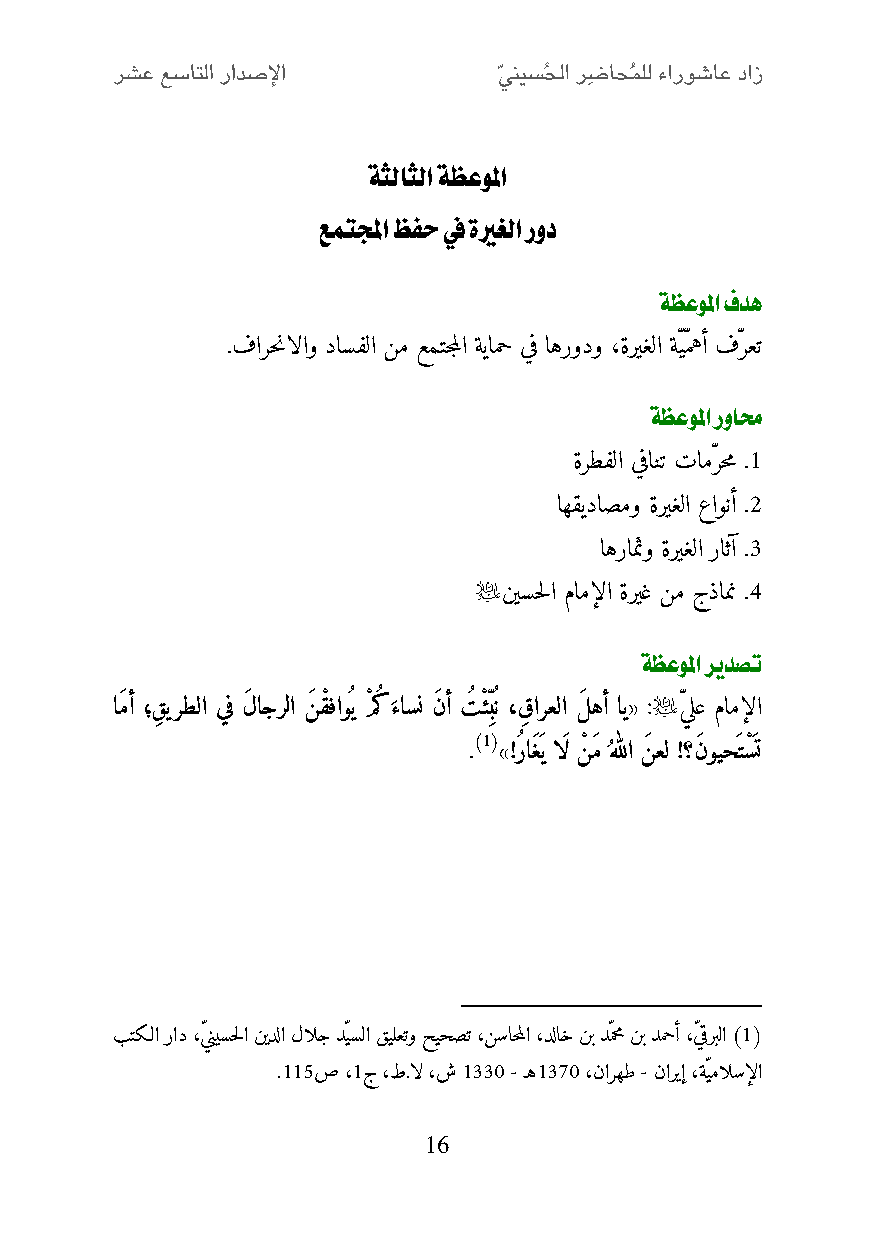
ةثلاثلا ةظعولما
 عمتلمجا ظفح في ةيرغلا رود
 ةظعولما فده
 .فارحنالاو داسفلا نم عمتجملا ةيامح يف اهرودو ،ةريغلا ةّيّمهأ فّرعت
 ةظعولما روامح
 ةرطفلا يفانت تامّرحم .2
 اهقيداصمو ةريغلا عاونأ .0
 اهرامثو ةريغلا راثآ .1
 
 نيسحلا مامإلا ةريغ نم جذامن .4
 ةظعولما ريدصت
 
 اَمأ ؛قِ يرطلا يف لَ اجرلا نَ قْ فاو ي مْ كءاسن َنأ ت ْئِ ب ن ، قِ ارعلا لَ هأ اي« : ّي لع مامإلا
 َ
 )1(
 . »! ر اَغَي اَل نْ َم هللا نَ عل !؟َنويحَتسَْ ت
 بتكـلا راد ،ّينيسحلا نيدلا لالج دّيسلا قيلعتو حيحصت ،نساحملا ،دلاخ نب دّمحم نب دمحأ ،ّي قربلا )1(
 .220ص ،2ج ،ط.ال ،ش 2112 - ـه2122 ،نارهط - ناريإ ،ةّيمالسإلا
 16